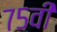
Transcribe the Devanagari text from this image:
७५वी